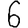
Digit: 6